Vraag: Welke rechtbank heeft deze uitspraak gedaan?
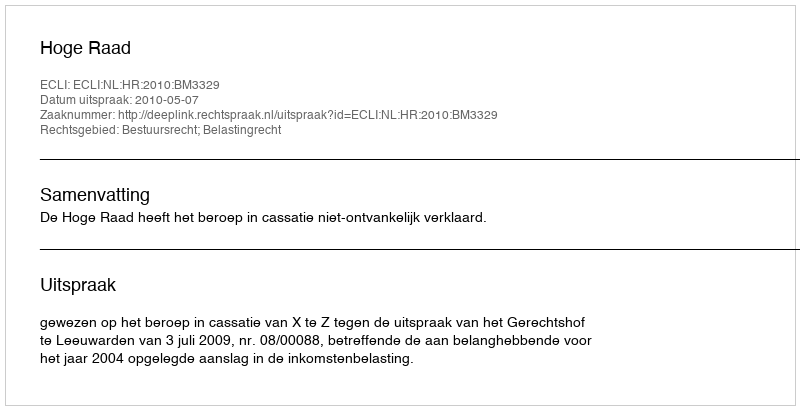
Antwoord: Hoge Raad